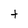
Character: t